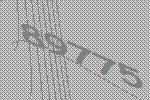
89775